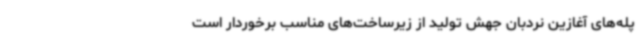
پله‌های آغازین نردبان جهش تولید از زیرساخت‌های مناسب برخوردار است